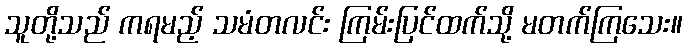
သူတို့သည် ကရမည့် သမံတလင်း ကြမ်းပြင်ထက်သို့ မတက်ကြသေး။